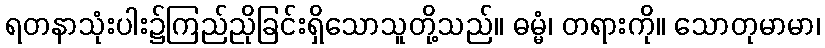
ရတနာသုံးပါး၌ကြည်ညိုခြင်းရှိသောသူတို့သည်။ ဓမ္မံ၊ တရားကို။ သောတုမာမာ၊